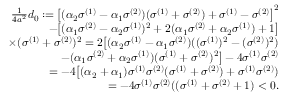
\begin{array} { r } { \frac { 1 } { 4 a ^ { 2 } } d _ { 0 } : = \big [ ( \alpha _ { 2 } \sigma ^ { ( 1 ) } - \alpha _ { 1 } \sigma ^ { ( 2 ) } ) ( \sigma ^ { ( 1 ) } + \sigma ^ { ( 2 ) } ) + \sigma ^ { ( 1 ) } - \sigma ^ { ( 2 ) } \big ] ^ { 2 } } \\ { - \big [ ( \alpha _ { 1 } \sigma ^ { ( 2 ) } - \alpha _ { 2 } \sigma ^ { ( 1 ) } ) ^ { 2 } + 2 ( \alpha _ { 1 } \sigma ^ { ( 2 ) } + \alpha _ { 2 } \sigma ^ { ( 1 ) } ) + 1 \big ] } \\ { \times ( \sigma ^ { ( 1 ) } + \sigma ^ { ( 2 ) } ) ^ { 2 } = 2 \big [ ( \alpha _ { 2 } \sigma ^ { ( 1 ) } - \alpha _ { 1 } \sigma ^ { ( 2 ) } ) ( ( \sigma ^ { ( 1 ) } ) ^ { 2 } - ( \sigma ^ { ( 2 ) } ) ^ { 2 } ) } \\ { - ( \alpha _ { 1 } \sigma ^ { ( 2 ) } + \alpha _ { 2 } \sigma ^ { ( 1 ) } ) ( \sigma ^ { ( 1 ) } + \sigma ^ { ( 2 ) } ) ^ { 2 } \big ] - 4 \sigma ^ { ( 1 ) } \sigma ^ { ( 2 ) } } \\ { = - 4 \big [ ( \alpha _ { 2 } + \alpha _ { 1 } ) \sigma ^ { ( 1 ) } \sigma ^ { ( 2 ) } ( \sigma ^ { ( 1 ) } + \sigma ^ { ( 2 ) } ) + \sigma ^ { ( 1 ) } \sigma ^ { ( 2 ) } ) } \\ { = - 4 \sigma ^ { ( 1 ) } \sigma ^ { ( 2 ) } ( ( \sigma ^ { ( 1 ) } + \sigma ^ { ( 2 ) } + 1 ) < 0 . } \end{array}